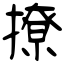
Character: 撩